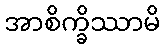
အာစိက္ခိဿာမိ